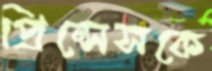
প্রিন্সেসকে